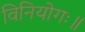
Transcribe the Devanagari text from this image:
विनियोगः॥